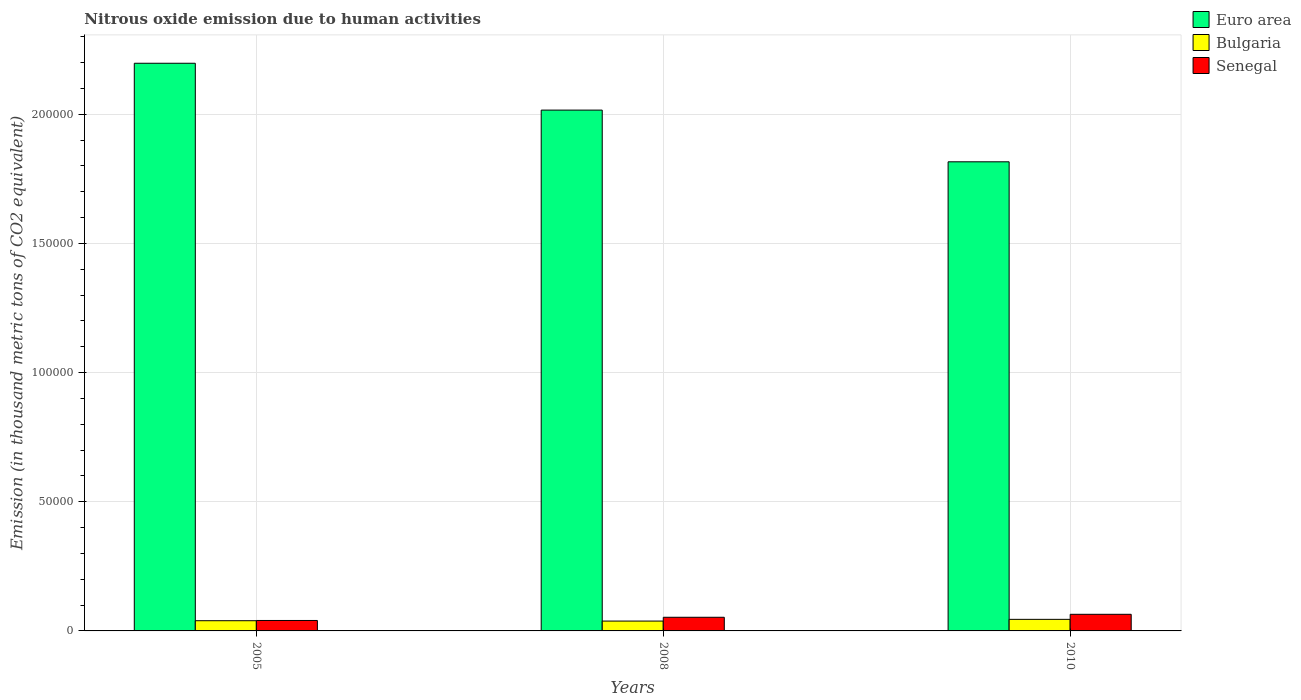
| Years | Euro area | Bulgaria | Senegal |
 | --- | --- | --- | --- |
 | 2005 | 2.2e+05 | 3.95e+03 | 4.04e+03 |
 | 2008 | 2.02e+05 | 3.82e+03 | 5.28e+03 |
 | 2010 | 1.82e+05 | 4.48e+03 | 6.43e+03 |